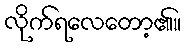
လိုက်ရလေတော့၏။